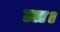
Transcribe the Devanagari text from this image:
ग्रा।